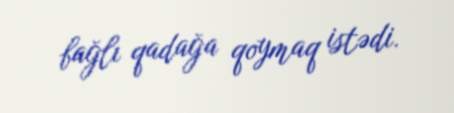
bağlı qadağa qoymaq istədi.